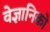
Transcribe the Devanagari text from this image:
वेज्ञानिको